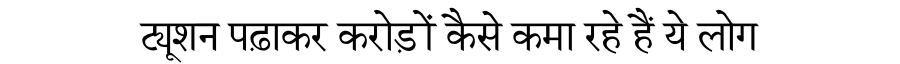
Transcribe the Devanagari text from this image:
ट्यूशन पढ़ाकर करोड़ों कैसे कमा रहे हैं ये लोग